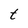
Character: t